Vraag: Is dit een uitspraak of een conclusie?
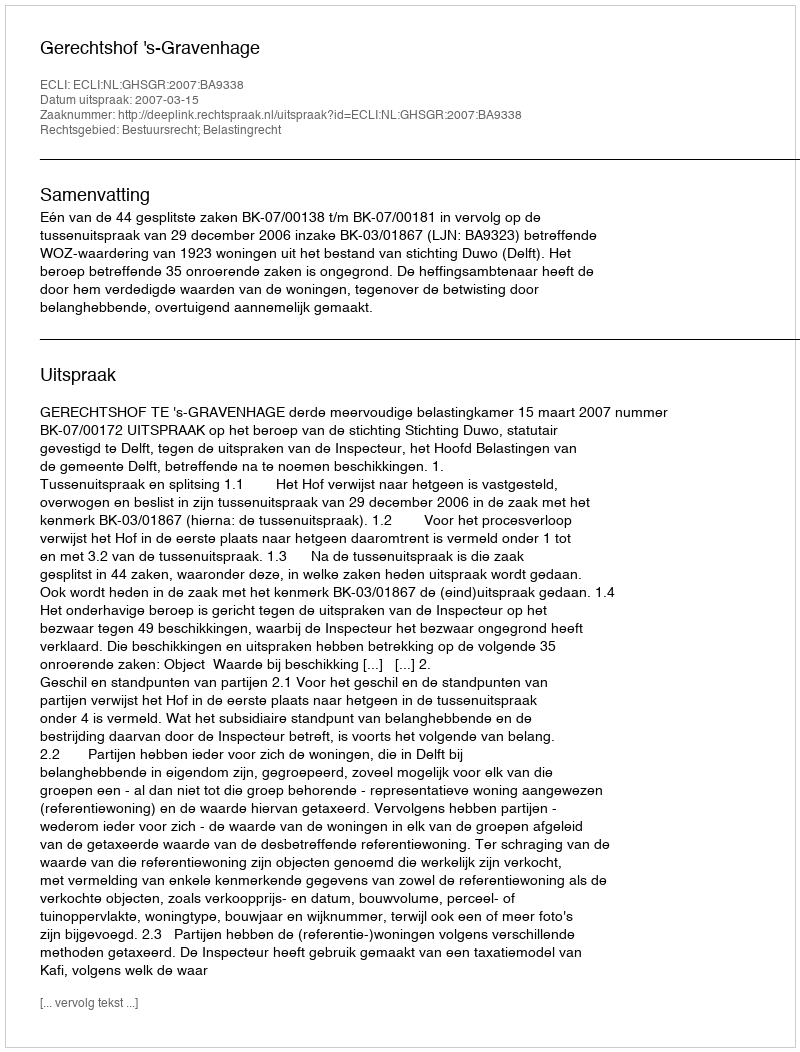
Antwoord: Uitspraak